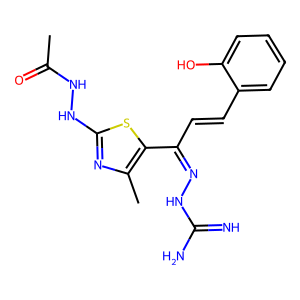
SMILES: CC(=O)NNc1nc(C)c(C(C=Cc2ccccc2O)=NNC(=N)N)s1
Inhibits HIV replication: No